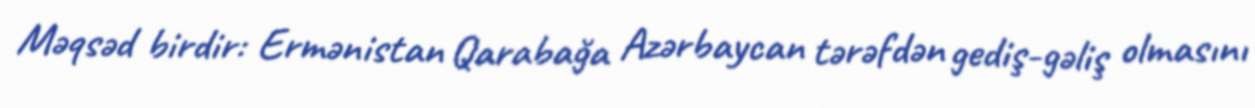
Məqsəd birdir: Ermənistan Qarabağa Azərbaycan tərəfdən gediş-gəliş olmasını